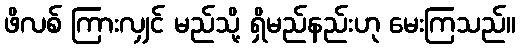
ဖိလစ် ကြားလျှင် မည်သို့ ရှိမည်နည်းဟု မေးကြသည်။